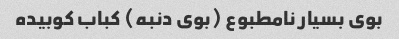
بوی بسیار نامطبوع (بوی دنبه) کباب کوبیده